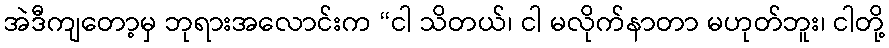
အဲဒီကျတော့မှ ဘုရားအလောင်းက “ငါ သိတယ်၊ ငါ မလိုက်နာတာ မဟုတ်ဘူး၊ ငါတို့